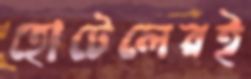
হোটেলেরই